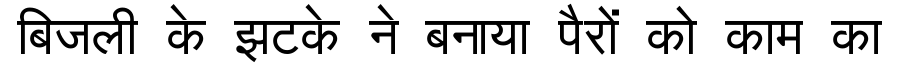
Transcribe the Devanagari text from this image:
बिजली के झटके ने बनाया पैरों को काम का